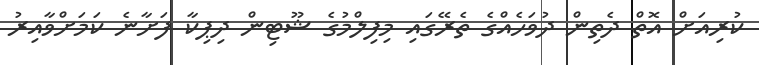
ކުރިއަށް އޮތް ދެތިން ދުވަހެއްގެ ތެރޭގައި މިފިލްމުގެ ޝޫޓިން ދިޕިކާ ފަށާނެ ކަމަށްވާއިރު